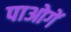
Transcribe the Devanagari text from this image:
पाओगें